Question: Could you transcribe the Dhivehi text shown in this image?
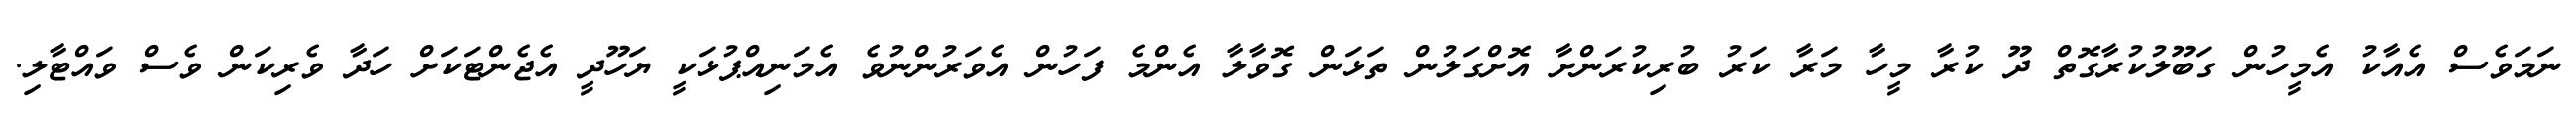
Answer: ނަމަވެސް އެއާކު އެމީހުން ގަބޫލުކުރާގޮތް ދޫ ކުރާ މީހާ މަރާ ކަރު ބުރިކުރަންށާ އޮށްގަލުން ތަޅަން ގޮވާލާ އެންމެ ފަހުން އެވަރުންނުވެ އެމަނިއްޕުޅަކީ ޔަހޫދީ އެޖެންޓަކަށް ހަދާ ވެރިކަން ވެސް ވައްޓާލި.